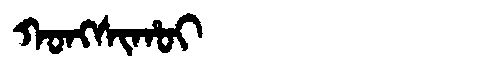
Manchu: ᡴᠣᠩᠰᡳᡥᠣᡳ
Romanization: KONGSIHOI